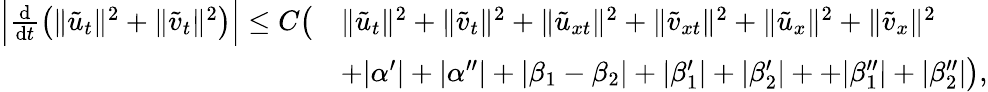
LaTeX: \begin{array}{rl}{\Big|\frac{\mathrm{d}}{\mathrm{d}t}\left(\| \tilde{u}_{t}\| ^{2}+\| \tilde{v}_{t}\| ^{2}\right)\Big|\le C\big(}&{\| \tilde{u}_{t}\| ^{2}+\| \tilde{v}_{t}\| ^{2}+\| \tilde{u}_{xt}\| ^{2}+\| \tilde{v}_{xt}\| ^{2}+\| \tilde{u}_{x}\| ^{2}+\| \tilde{v}_{x}\| ^{2}}\\ &{+|\alpha^{\prime}|+|\alpha^{\prime\prime}|+|\beta_{1}-\beta_{2}|+|\beta_{1}^{\prime}|+|\beta_{2}^{\prime}|++|\beta_{1}^{\prime\prime}|+|\beta_{2}^{\prime\prime}|\big),}\end{array}